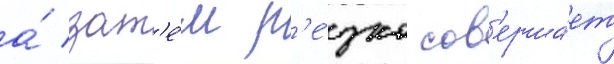
а́ зат'е́м р'е́зко сов'ерша́ет